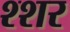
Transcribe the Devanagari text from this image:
श्शर